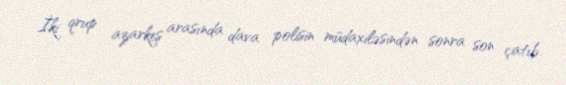
İki qrup azarkeş arasında dava polisin müdaxiləsindən sonra son çatıb.